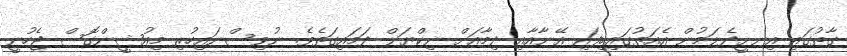
ގާތުގައި އިނށީދެލަމުން އެއަތުގައިހިފައި އޭނާއާއި ދިމާއަށް ނިކްޔަލް ދަމައިގަތެވެ. ނުވިސްނައިހުރި މިއުޝީންގޮސް ޖެހުނީ